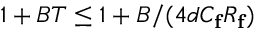
1 + B T \leq 1 + B / ( 4 d C _ { \mathbf { f } } R _ { \mathbf { f } } )